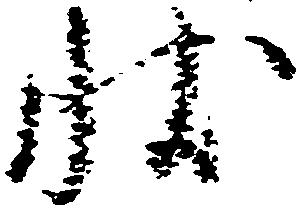
状